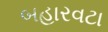
બહારવટા